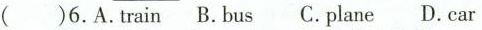
( )6.A.Train B.Bus C.plane D.car